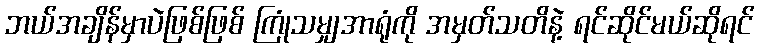
ဘယ်အချိန်မှာပဲဖြစ်ဖြစ် ကြုံသမျှအာရုံကို အမှတ်သတိနဲ့ ရင်ဆိုင်မယ်ဆိုရင်